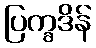
ပြက္ခဒိန်